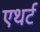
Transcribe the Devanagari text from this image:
एथर्ट